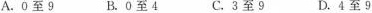
A.O至9 B.0至4 C.3至9 D.4至9